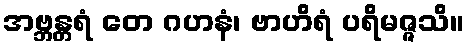
အဗ္ဘန္တရံ တေ ဂဟနံ၊ ဗာဟိရံ ပရိမဇ္ဇသိ။